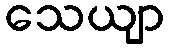
သေယျာ